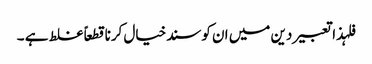
فلہذاتعبیردین میں ان کوسندخیال کرناقطعاً غلط ہے ۔